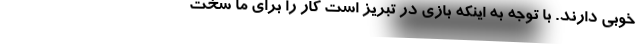
خوبی دارند. با توجه به اینکه بازی در تبریز است کار را برای ما سخت